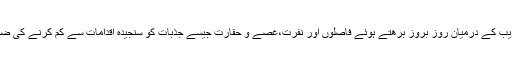
امیر اور غریب کے درمیان روز بروز برھتے ہوئے فاصلوں اور نفرت،غصے و حقارت جیسے جذبات کو سنجیدہ اقدامات سے کم کرنے کی ضرورت ہے ۔